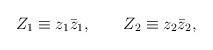
LaTeX: \begin{align*}Z_1\equiv z_1\bar{z}_1,\qquad Z_2\equiv z_2\bar{z}_2,\end{align*}